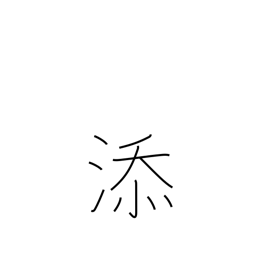
Meaning: annexed